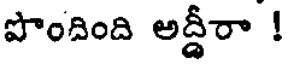
పొందింది అద్దీరా !